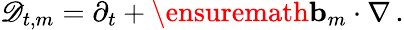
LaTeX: \mathscr{D}_{t,m}=\partial_{t}+\ensuremath{\mathbf{b}}_{m}\cdot\nabla\, .